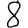
Digit: 8